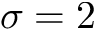
\sigma = 2